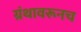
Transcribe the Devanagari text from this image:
ग्रंथावरूनच